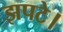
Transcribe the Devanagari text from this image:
झपटे।